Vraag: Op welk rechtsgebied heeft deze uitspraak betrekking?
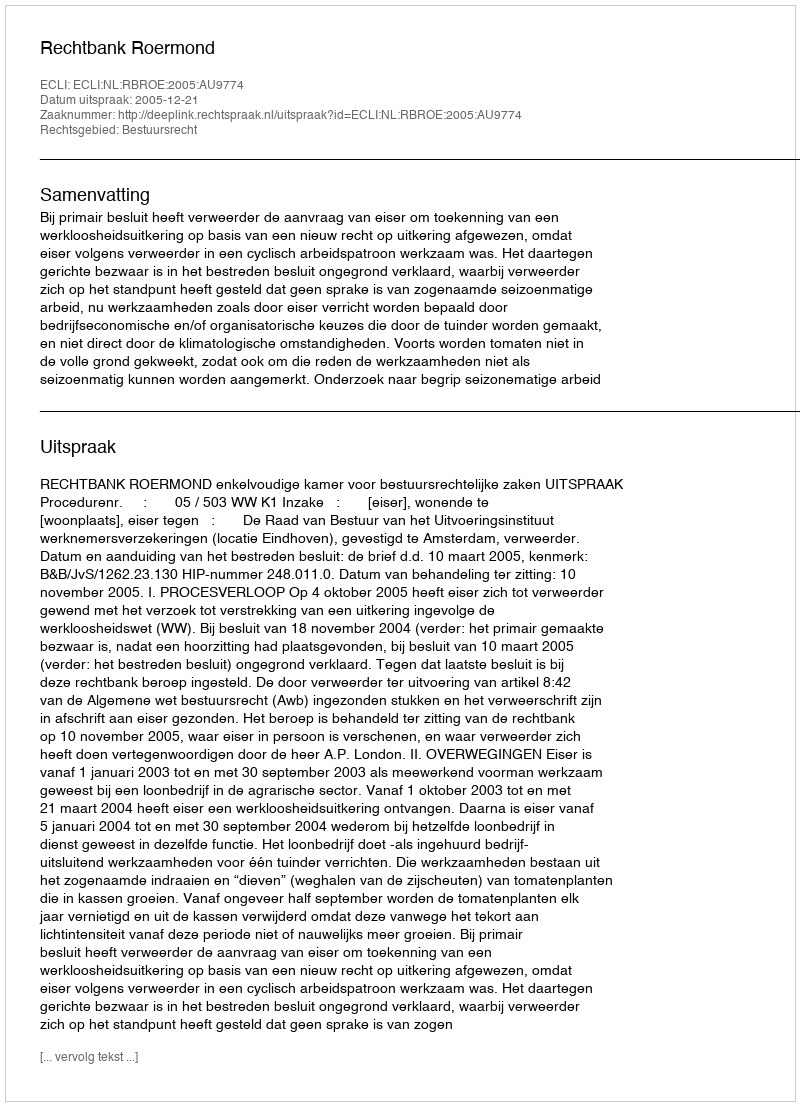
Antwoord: Bestuursrecht